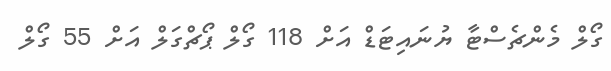
ގޯލް މެންޗެސްޓާ ޔުނައިޓަޑް އަށް 118 ގޯލް ޕޯޗްގަލް އަށް 55 ގޯލް